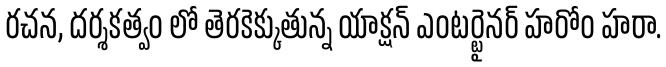
రచన, దర్శకత్వం లో తెరకెక్కుతున్న యాక్షన్ ఎంటర్టైనర్ హరోం హరా.